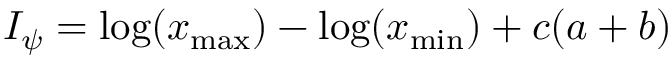
I _ { \psi } = \log ( x _ { \mathrm { m a x } } ) - \log ( x _ { \mathrm { m i n } } ) + c ( a + b )